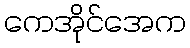
ကေအိုင်အေက